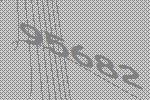
95682